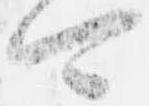
可